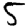
Digit: 5